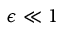
\epsilon \ll 1